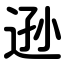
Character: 逊